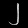
Digit: ၂